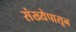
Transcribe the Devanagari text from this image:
संख्येपासून